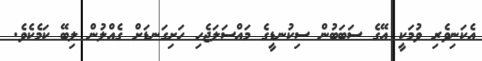
އެކަނިވެރި ވުމަކީ އޭގެ ސަބަބުން ސިކުނޑީގެ މައްސަލަޖެހި ހަށިގަނޑަށް ގެއްލުން ލިބޭ ކަމެކެވެ.